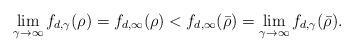
LaTeX: \begin{align*}\lim_{\gamma\to\infty}f_{d,\gamma}(\rho)=f_{d,\infty}(\rho)< f_{d,\infty}(\bar\rho)=\lim_{\gamma\to\infty}f_{d,\gamma}(\bar\rho).\end{align*}